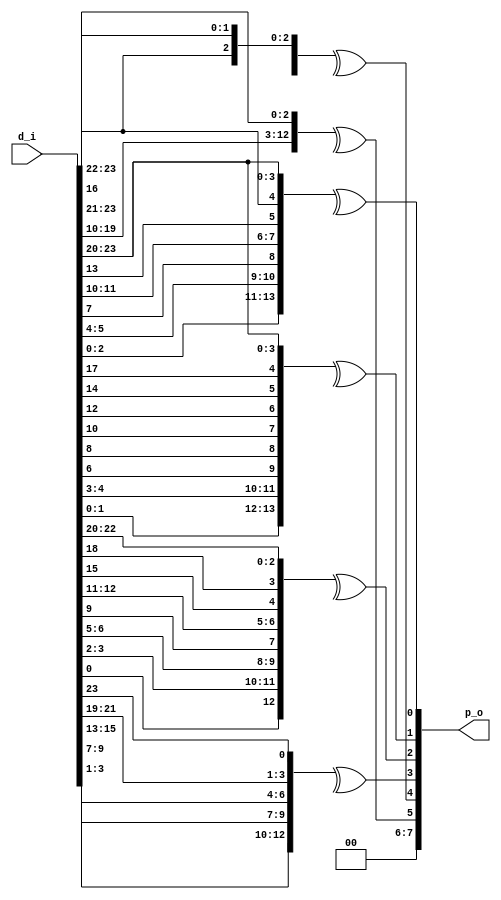
module dsi_parity 
  (
   input [23:0] d_i,
   output [7:0] p_o
   );
   assign p_o[0]=^{d_i[2:0], d_i[5:4], d_i[7], d_i[11:10], d_i[13], d_i[16], d_i[23:20]};
   assign p_o[1]=^{d_i[1:0], d_i[4:3], d_i[6], d_i[8], d_i[10], d_i[12], d_i[14], d_i[17], d_i[23:20]}; 
   assign p_o[2]=^{d_i[0], d_i[3:2], d_i[6:5], d_i[9], d_i[12:11], d_i[15], d_i[18], d_i[22:20] };
   assign p_o[3]=^{d_i[3:1], d_i[9:7], d_i[15:13], d_i[21:19], d_i[23]};
   assign p_o[4]=^{d_i[9:4], d_i[20:16], d_i[23:22]}; 
   assign p_o[5]=^{d_i[19:10], d_i[23:21]};
   assign p_o[7:6]=2'b0;
endmodule